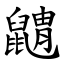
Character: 䶇